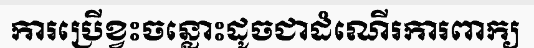
ការប្រើខ្វះចន្លោះដូចជាដំណើរការពាក្យ